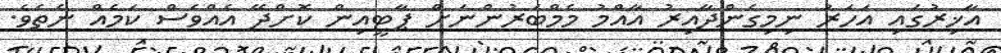
އާޚިރުގައި އަހަރު ނިމިގެންދާއިރު އާއްމު މެމްބަރުންނަށް ޕާޓީއިން ކޮށްދޭ އެއްވެސް ކަމެއް ނެތެވެ.